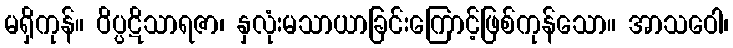
မရှိကုန်။ ဝိပ္ပဋိသာရဇာ၊ နှလုံးမသာယာခြင်းကြောင့်ဖြစ်ကုန်သော။ အာသဝေါ၊